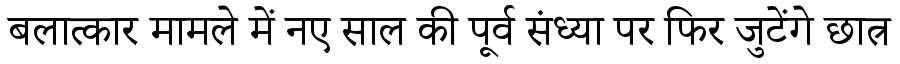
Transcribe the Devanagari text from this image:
बलात्कार मामले में नए साल की पूर्व संध्या पर फिर जुटेंगे छात्र